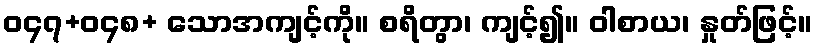
ဝ၄၇+ဝ၄၈+ သောအကျင့်ကို။ စရိတွာ၊ ကျင့်၍။ ဝါစာယ၊ နှုတ်ဖြင့်။